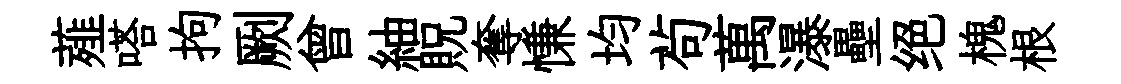
薤嗒拘劂曾紬貺奪慊均茍萬瀑壘绝槐根